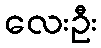
လေးဦး